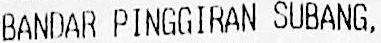
BANDAR PINGGIRAN SUBANG,